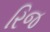
રિજ